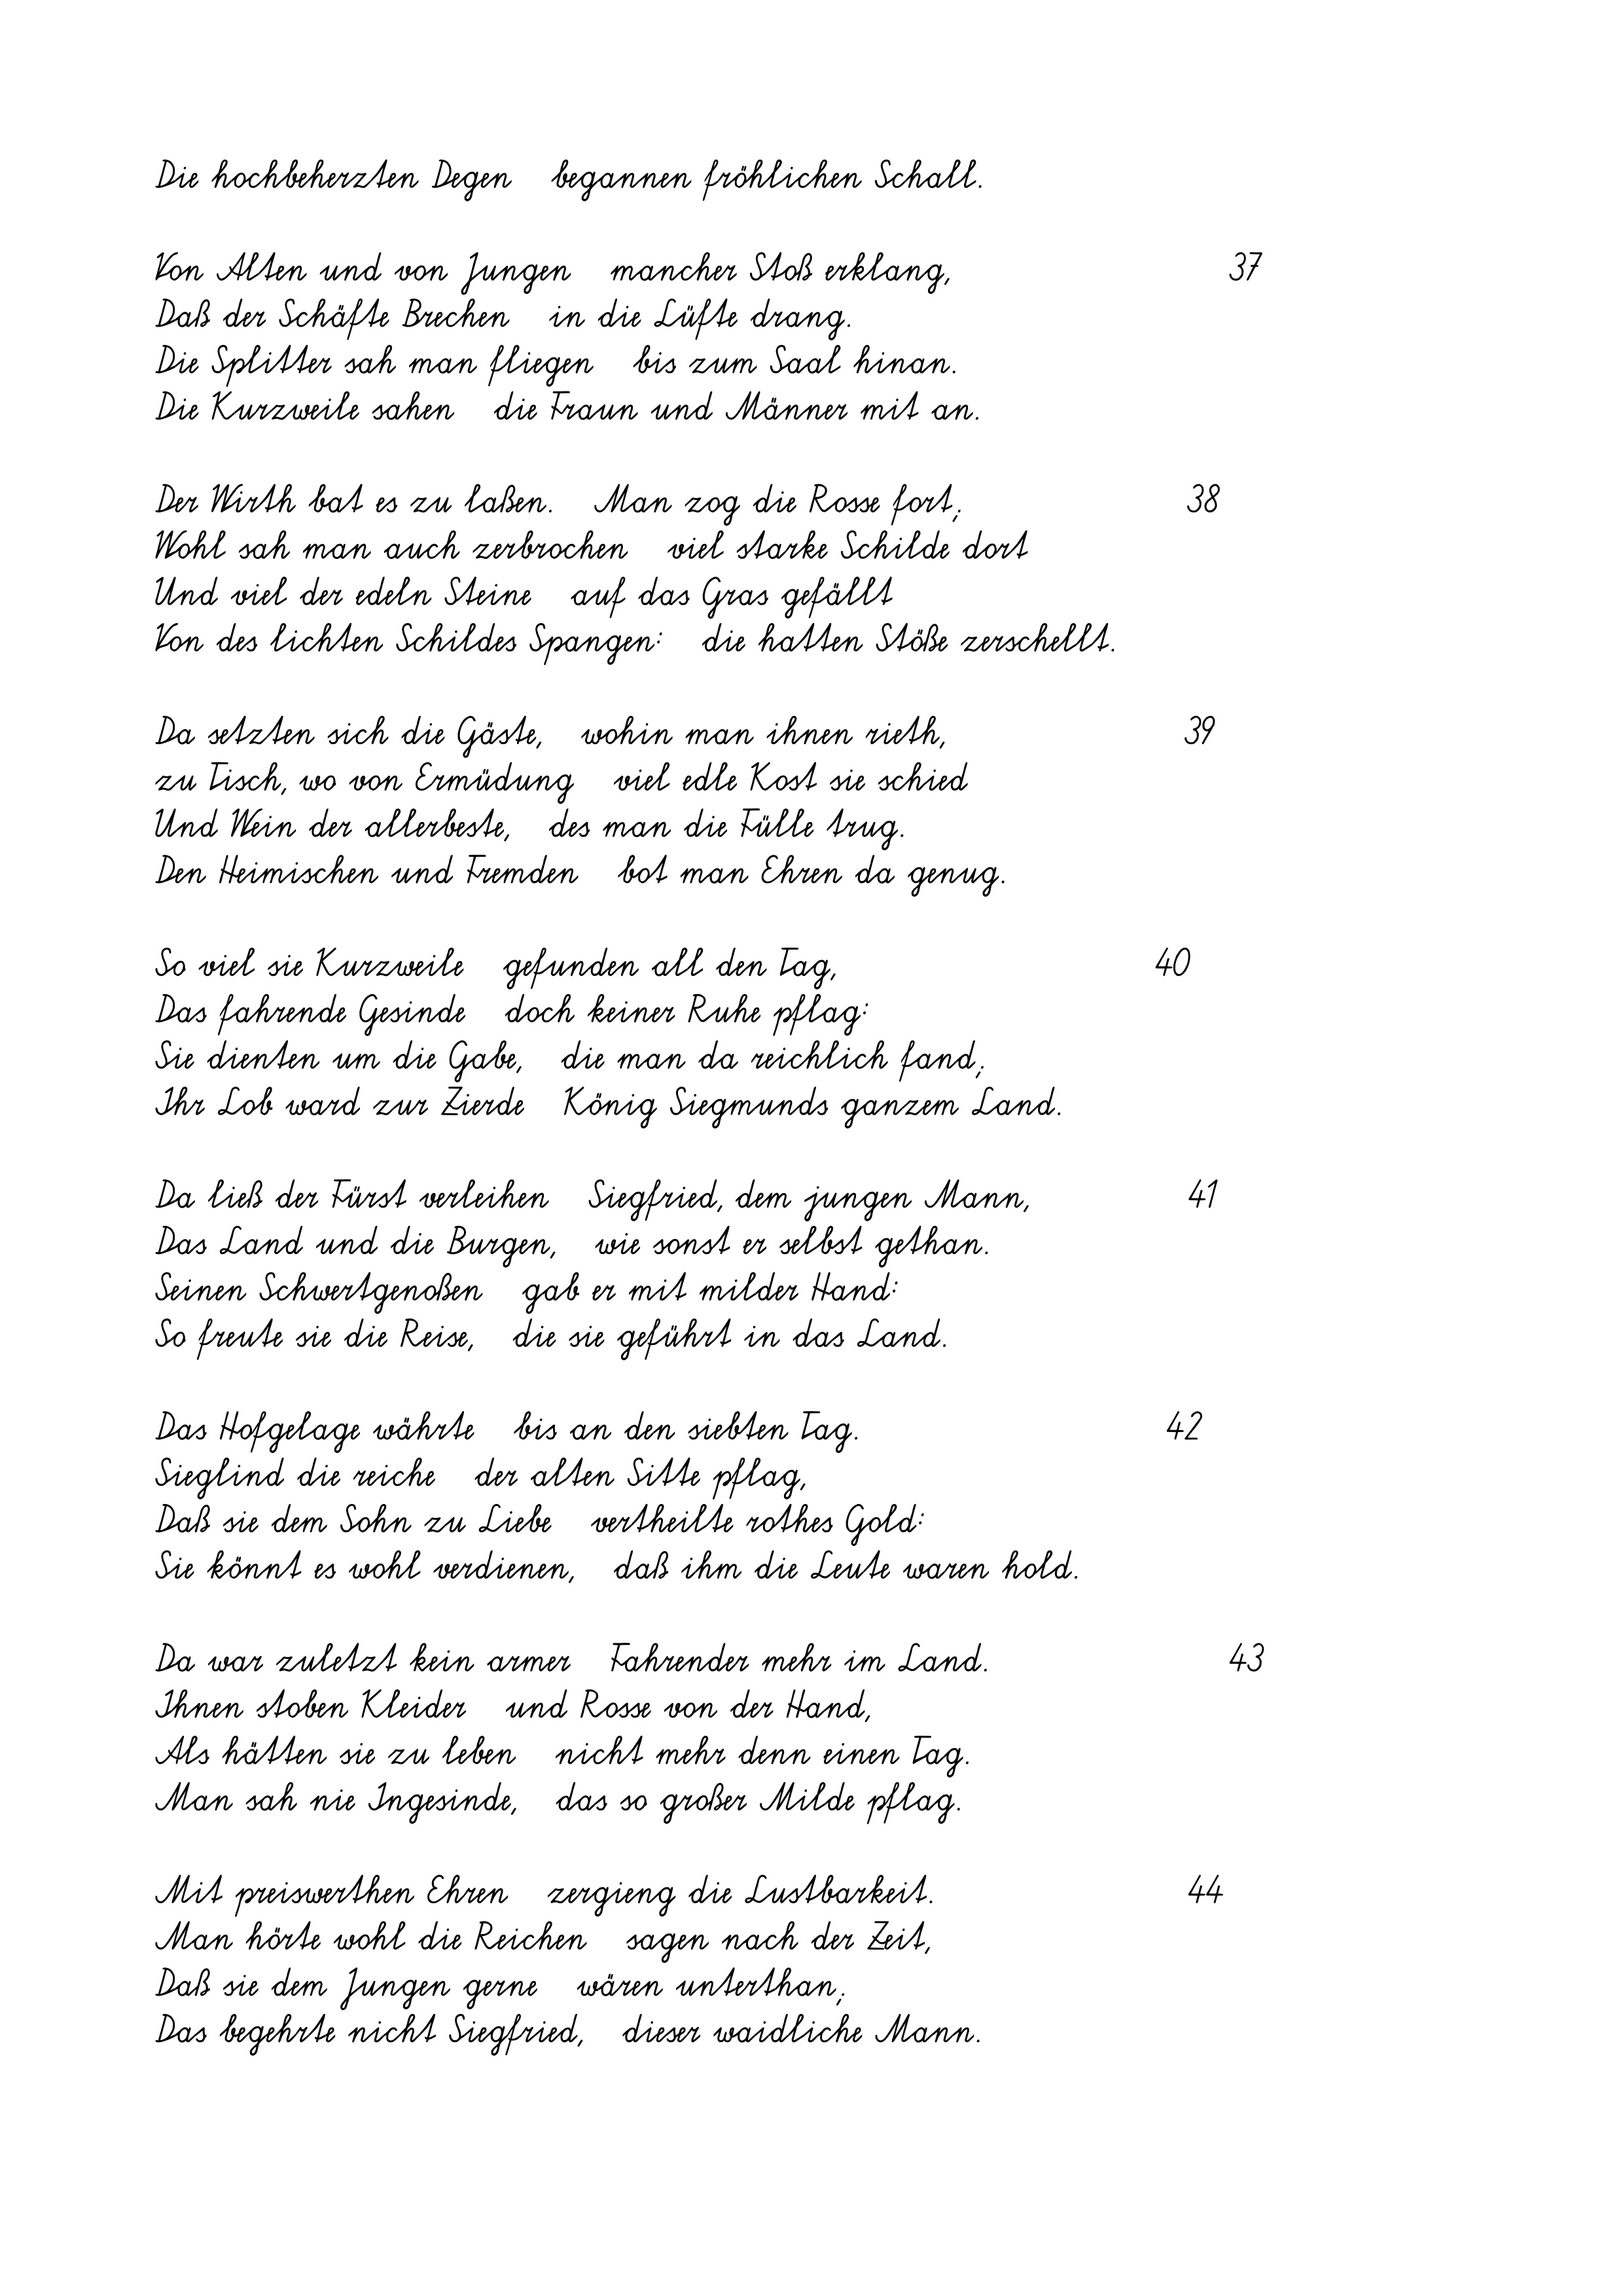
Die hochbeherzten Degen   begannen fröhlichen Schall.
Von Alten und von Jungen   mancher Stoß erklang,
Daß der Schäfte Brechen   in die Lüfte drang.
Die Splitter sah man fliegen   bis zum Saal hinan.
Die Kurzweile sahen   die Fraun und Männer mit an.
Der Wirth bat es zu laßen.   Man zog die Rosse fort;
Wohl sah man auch zerbrochen   viel starke Schilde dort
Und viel der edeln Steine   auf das Gras gefällt
Von des lichten Schildes Spangen:   die hatten Stöße zerschellt.
Da setzten sich die Gäste,   wohin man ihnen rieth,
zu Tisch, wo von Ermüdung   viel edle Kost sie schied
Und Wein der allerbeste,   des man die Fülle trug.
Den Heimischen und Fremden   bot man Ehren da genug.
So viel sie Kurzweile   gefunden all den Tag,
Das fahrende Gesinde   doch keiner Ruhe pflag:
Sie dienten um die Gabe,   die man da reichlich fand;
Ihr Lob ward zur Zierde   König Siegmunds ganzem Land.
Da ließ der Fürst verleihen   Siegfried, dem jungen Mann,
Das Land und die Burgen,   wie sonst er selbst gethan.
Seinen Schwertgenoßen   gab er mit milder Hand:
So freute sie die Reise,   die sie geführt in das Land.
Das Hofgelage währte   bis an den siebten Tag.
Sieglind die reiche   der alten Sitte pflag,
Daß sie dem Sohn zu Liebe   vertheilte rothes Gold:
Sie könnt es wohl verdienen,   daß ihm die Leute waren hold.
Da war zuletzt kein armer   Fahrender mehr im Land.
Ihnen stoben Kleider   und Rosse von der Hand,
Als hätten sie zu leben   nicht mehr denn einen Tag.
Man sah nie Ingesinde,   das so großer Milde pflag.
Mit preiswerthen Ehren   zergieng die Lustbarkeit.
Man hörte wohl die Reichen   sagen nach der Zeit,
Daß sie dem Jungen gerne   wären unterthan;
Das begehrte nicht Siegfried,   dieser waidliche Mann.

40

42

41

44

38
39

37

43